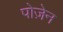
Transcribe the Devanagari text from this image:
पोज़ेन